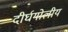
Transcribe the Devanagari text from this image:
दीर्घगोलीय